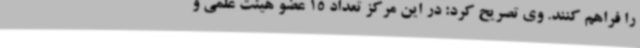
را فراهم کنند. وی تصریح کرد: در این مرکز تعداد 15 عضو هیئت‌ علمی و